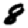
Digit: 8